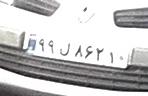
۹۹ل۸۶۲۱۰